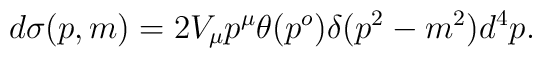
d\sigma (p,m)=2V_{\mu}p^{\mu} \theta(p^o)\delta (p^2-m^2) d^4p.